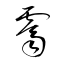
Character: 霽